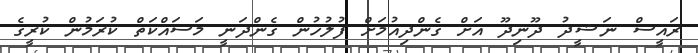
ރައީސް ނަޝީދު ދޫނިދޫ އަށް ގެންދިއުމަށް ފުލުހުން ގެންދަނީ މަސައްކަތް ކުރަމުން ކުރީގެ